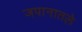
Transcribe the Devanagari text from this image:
जपानातले